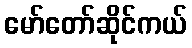
မော်တော်ဆိုင်ကယ်